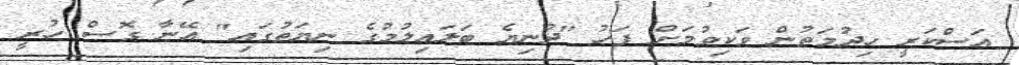
އަސްކަރީ ހިދުމަތުން ވަކިވުމަށް ފަހު "ދުނިޔެ ބަލައިލުމުގެ ނިޔަތުގައި" އޭނާ ގޮސް ހުރީ